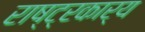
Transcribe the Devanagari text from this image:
राष्ट्रकार्य